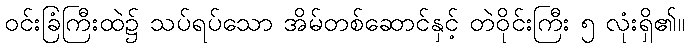
ဝင်းခြံကြီးထဲ၌ သပ်ရပ်သော အိမ်တစ်ဆောင်နှင့် တဲဝိုင်းကြီး ၅ လုံးရှိ၏။